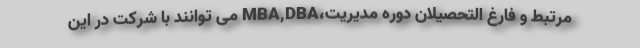
مرتبط و فارغ التحصیلان دوره مدیریت،MBA,DBA می توانند با شرکت در این